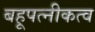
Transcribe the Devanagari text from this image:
बहूपत्नीकत्व